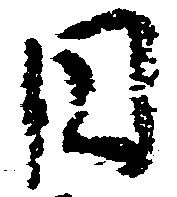
円